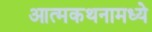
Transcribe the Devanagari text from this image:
आत्मकथनामध्ये